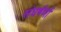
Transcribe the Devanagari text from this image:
संघर्षणों